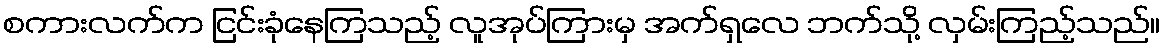
စကားလက်က ငြင်းခုံနေကြသည့် လူအုပ်ကြားမှ အက်ရှလေ ဘက်သို့ လှမ်းကြည့်သည်။